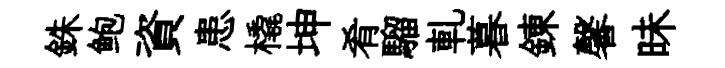
銖鲍資患橇坤肴騮軋暮錬馨昧